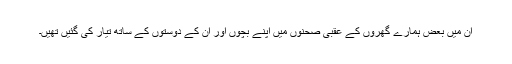
ان میں بعض ہمارے گھروں کے عقبی صحنوں میں اپنے بچوں اور ان کے دوستوں کے ساتھ تیار کی گئیں تھیں۔